Lunatic asylums Bombay report 1891-1903 - 1891-1903
Year: 1891
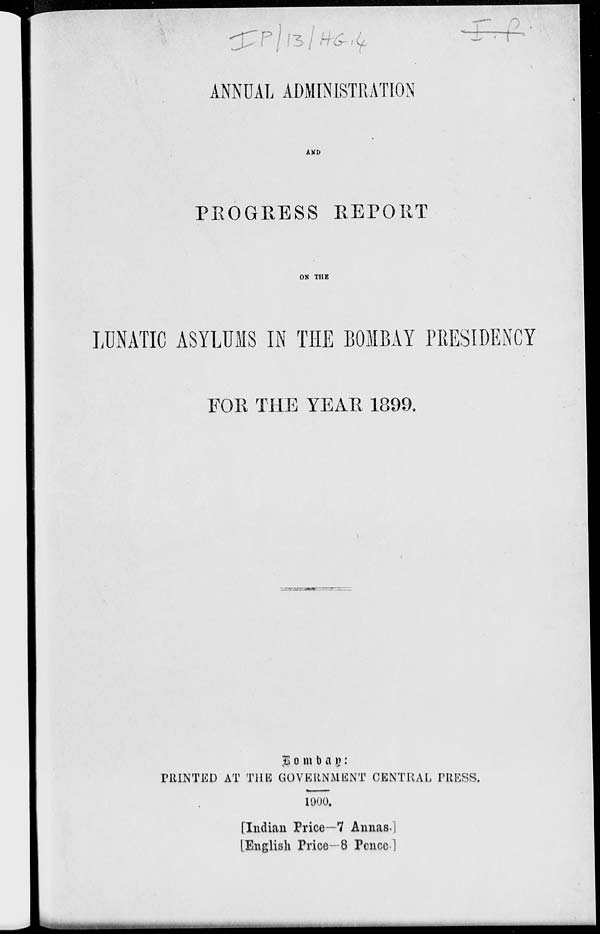
ANNUAL ADMINISTRATION
AND
PROGRESS REPORT
ON THE
LUNATIC ASYLUMS IN THE BOMBAY PEESIDENCY
FOR THE YEAR 1899.
Bombay :
PRINTED AT THE GOVERNMENT CENTRAL PRESS.
1900.
[Indian Price—7 Annas.]
[English Price—8 Pence.]